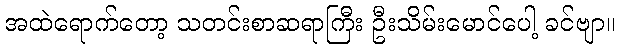
အထဲရောက်တော့ သတင်းစာဆရာကြီး ဦးသိမ်းမောင်ပေါ့ ခင်ဗျာ။